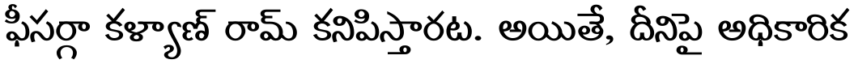
ఫీసర్గా కళ్యాణ్ రామ్ కనిపిస్తారట. అయితే, దీనిపై అధికారిక